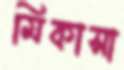
মিকাসা